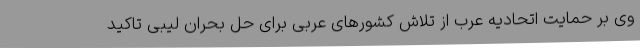
وی بر حمایت اتحادیه عرب از تلاش‌ کشورهای عربی برای حل بحران لیبی تاکید